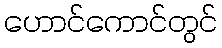
ဟောင်ကောင်တွင်